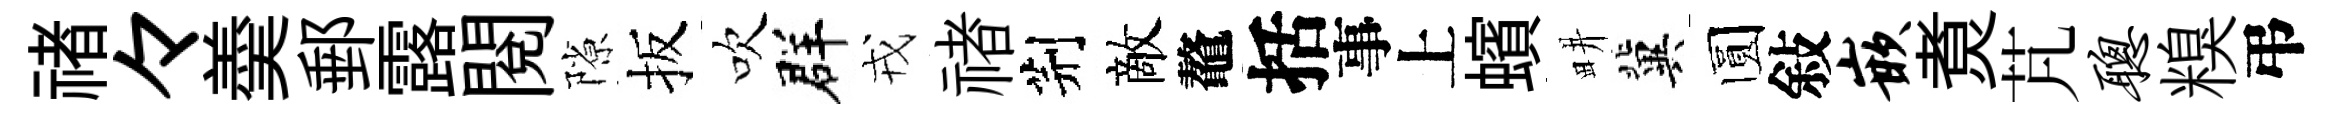
禇々羮郵露閲隙扳吹群戎禇荆敵鼇括事上蠙畊冀圆敍嵌煑芃聪糗弔